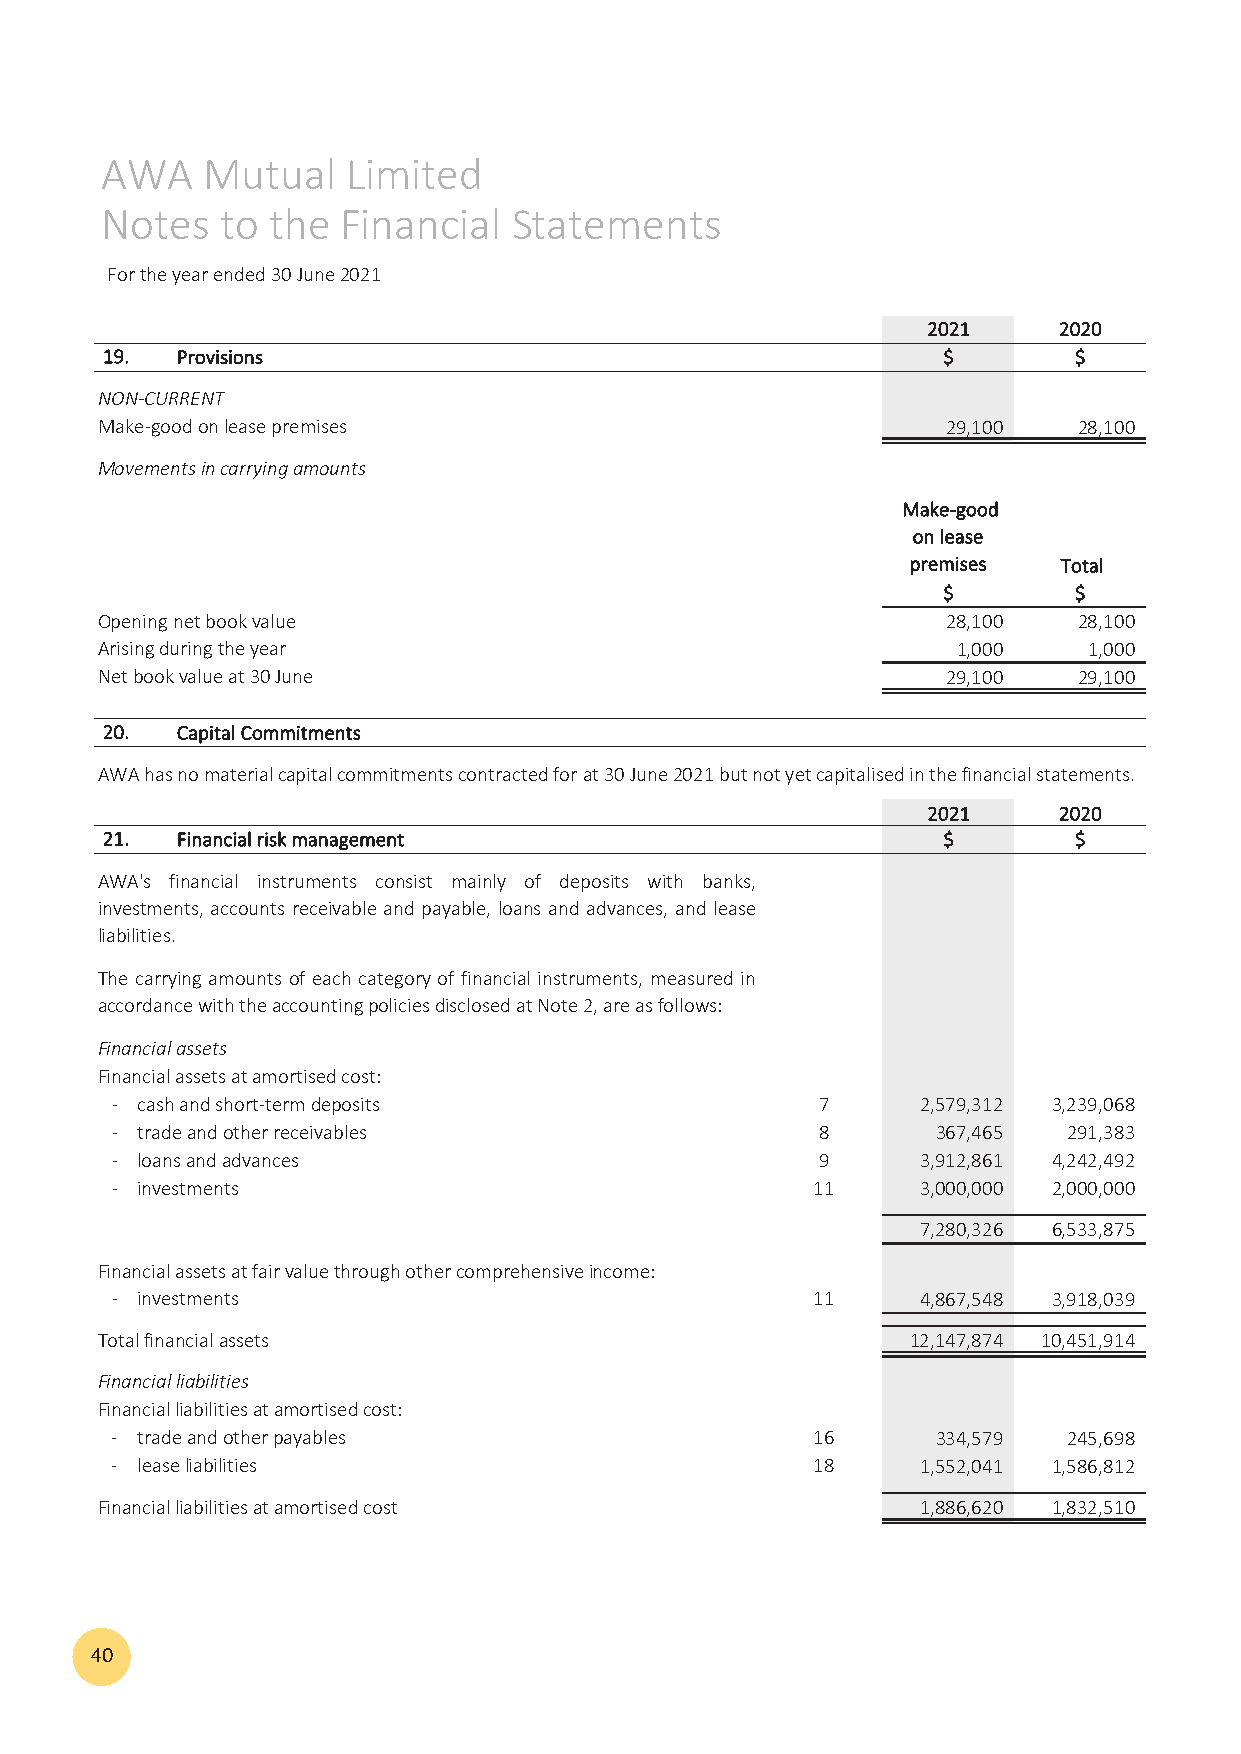
AWA   Mutual    Limited
 Notes   to the  Financial  Statements
 For the year ended 30 June 2021
 22002211 22002200
 1199.. PPrroovviissiioonnss                            $$       $$
 NON‐CURRENT
 Make‐good on lease premises                              29,100  28,100
 Movements in carrying amounts
 MMaakkee‐‐ggoooodd
 oonn lleeaassee
 pprreemmiisseess TToottaall
 $$       $$
 Opening net book value                                   28,100  28,100
 Arising during the year                                  1,000    1,000
 Net book value at 30 June                                29,100  29,100
 2200.. CCaappiittaall CCoommmmiittmmeennttss
 AWA has no material capital commitments contracted for at 30 June 2021 but not yet capitalised in the financial statements.
 22002211 22002200
 2211.. FFiinnaanncciiaall rriisskk mmaannaaggeemmeenntt $$      $$
 AWA's financial instruments consist mainly of deposits with banks,
 investments, accounts receivable and payable, loans and advances, andlease
 liabilities.
 The carrying amounts of each category of financial instruments, measured in
 accordance with the accounting policies disclosed at Note 2, are as follows:
 Financial assets
 Financial assets at amortised cost:
 ‐ cash and short‐term deposits                 7      2 ,579,312 3 ,239,068
 ‐ trade and other receivables                  8       367,465  291,383
 ‐ loans and advances                           9      3 ,912,861 4 ,242,492
 ‐ investments                                  11     3 ,000,000 2 ,000,000
 7 ,280,326 6 ,533,875
 Financial assets at fair value through other comprehensive income:
 ‐ investments                                  11     4 ,867,548 3 ,918,039
 Total financial assets                                12,147,874 10,451,914
 Financial liabilities
 Financial liabilities at amortised cost:
 ‐ trade and other payables                     16      334,579  245,698
 ‐ lease liabilities                            18     1 ,552,041 1 ,586,812
 Financial liabilities at amortised cost                1 ,886,620 1 ,832,510
 40